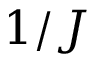
1 / J